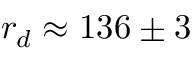
r _ { d } \approx 1 3 6 \pm 3